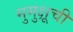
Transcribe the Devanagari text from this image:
मुमुक्षूची